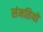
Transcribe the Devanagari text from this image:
संमतियो